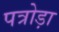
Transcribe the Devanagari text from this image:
पत्रोड़ा